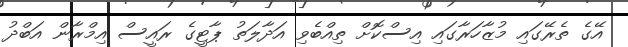
އޭގެ ތެރޭގައި މުޒާހަރާގައި އިސްކޮށް ތިއްބެވި އަދާލަތު ޕާޓީގެ ރައީސް އިމްރާން އަބްދު